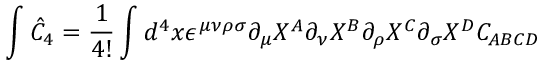
\int \hat { C } _ { 4 } = \frac { 1 } { 4 ! } \int d ^ { 4 } x \epsilon ^ { \mu \nu \rho \sigma } \partial _ { \mu } X ^ { A } \partial _ { \nu } X ^ { B } \partial _ { \rho } X ^ { C } \partial _ { \sigma } X ^ { D } C _ { A B C D }